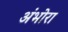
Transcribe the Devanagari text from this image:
अंभोरा